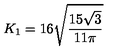
K _ { 1 } = 1 6 \sqrt { { \frac { 1 5 \sqrt { 3 } } { 1 1 \pi } } }